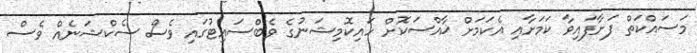
މަސައްކަތް ފަށާފައިވާ ކަމަށާއި އެކަމަށް ޚާއްސަކޮށް ހައިކޮމިޝަނުގެ ވެބްސައިޓުގައި ވެސް ސެކްޝަނެއް ވެސް